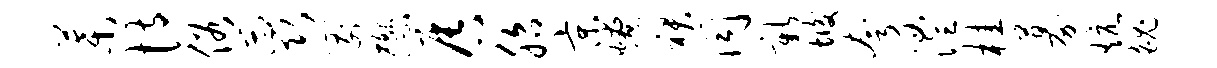
叶恃俗蕊箭懋唇胎京燎裙同新垢夸澧桂募炕魄